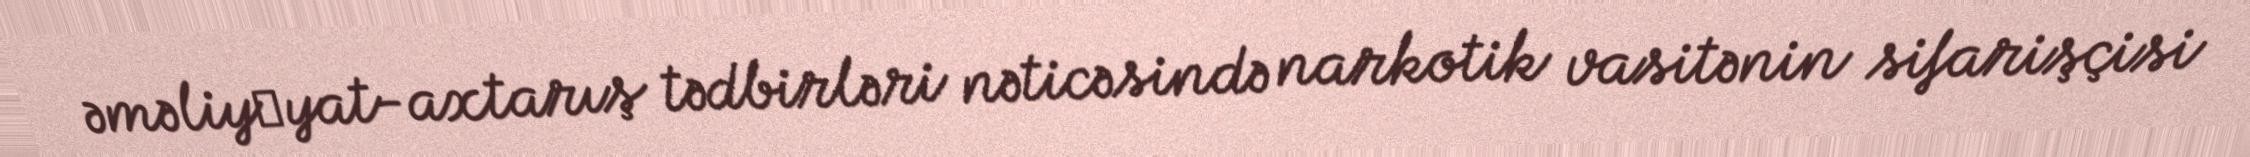
əməliy­yat-axtarış tədbirləri nəticəsində narkotik vasitənin sifarişçisi